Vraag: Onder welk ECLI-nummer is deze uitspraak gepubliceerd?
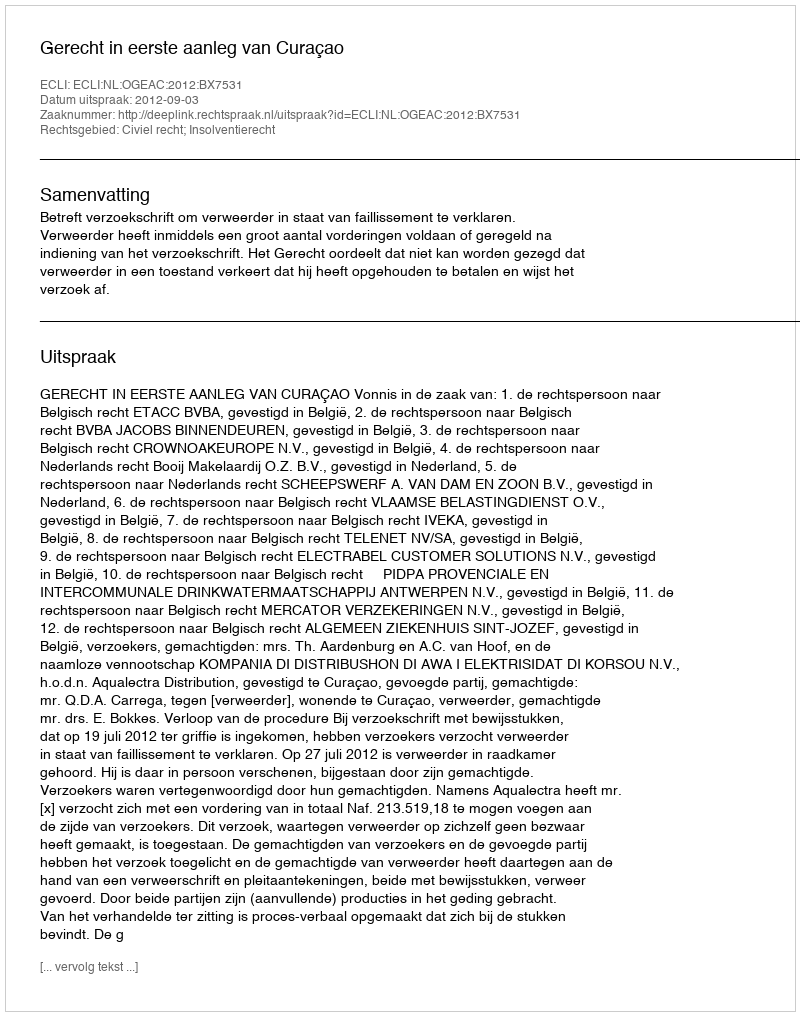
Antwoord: ECLI:NL:OGEAC:2012:BX7531